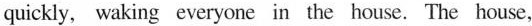
quickly, waking everyone in the house. The house,